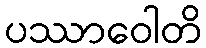
ပဿာဝေါတိ